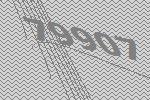
79907